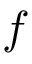
f